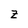
Character: z